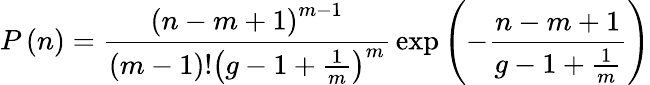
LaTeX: P\left(n\right)={\frac{\left(n-m+1\right)^{m-1}}{\left(m-1\right)!\left(g-1+{\frac{1}{m}}\right)^{m}}}\exp\left(-{\frac{n-m+1}{g-1+{\frac{1}{m}}}}\right)